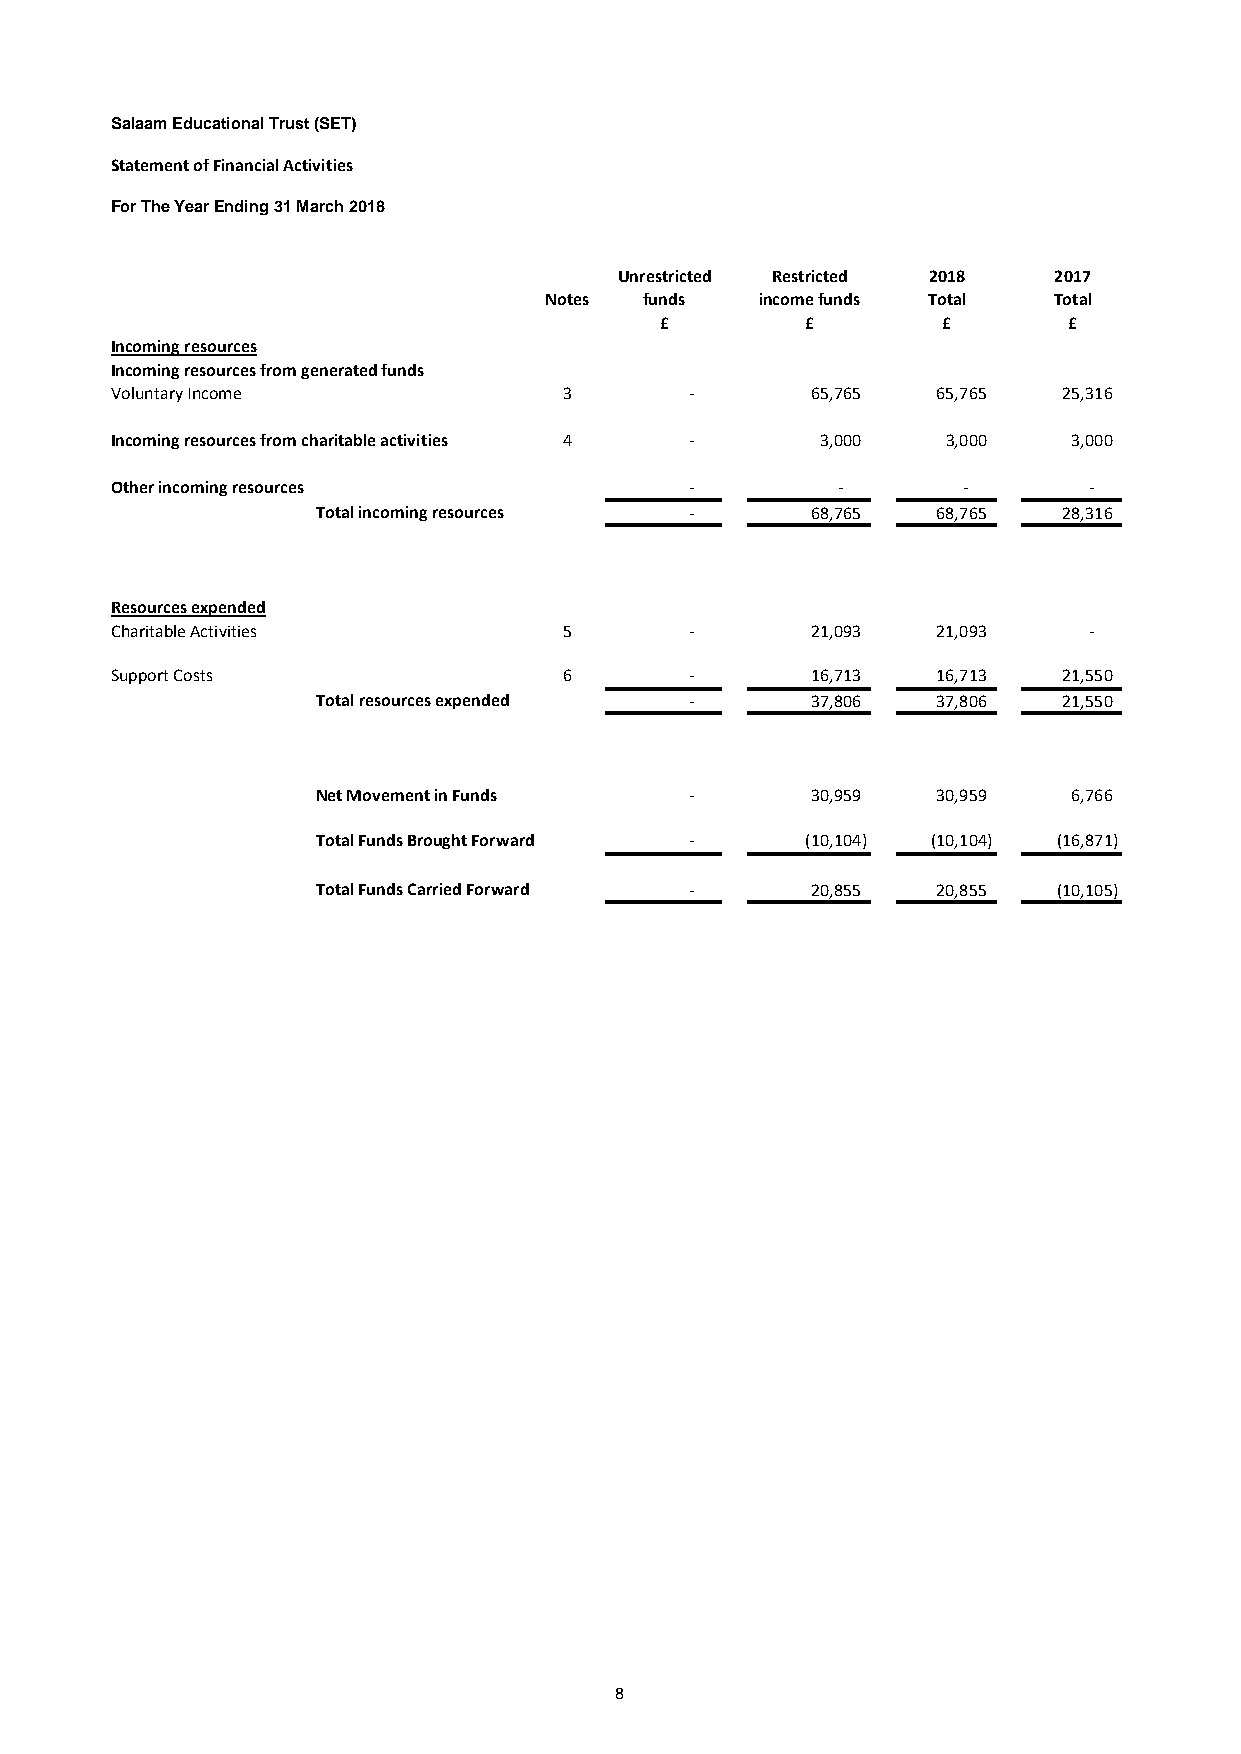
Salaam Educational Trust (SET)
 Statement of Financial Activities
 For The Year Ending 31 March 2018
 Unrestricted Restricted 2018 2017
 Notes  funds  income funds Total  Total
 £        £        £        £
 Incoming resources
 Incoming resources from generated funds
 Voluntary Income              3        -       65,765  65,765  25,316
 Incoming resources from charitable activities 4 - 3 ,000 3,000  3,000
 Other incoming resources               -        -        -       -
 Total incoming resources -       6 8,765 6 8,765 2 8,316
 Resources expended
 Charitable Activities         5        -       21,093  21,093    -
 Support Costs                 6        -       16,713  16,713  21,550
 Total resources expended -       3 7,806 3 7,806 2 1,550
 Net Movement in Funds    -       30,959  30,959   6,766
 Total Funds Brought Forward -   (10,104) (10,104) (16,871)
 Total Funds Carried Forward -    2 0,855 2 0,855 ( 10,105)
 8